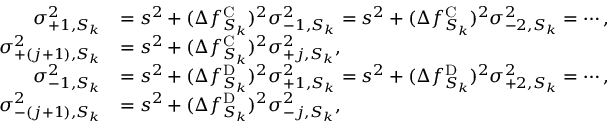
\begin{array} { r l } { \sigma _ { + 1 , S _ { k } } ^ { 2 } } & { = s ^ { 2 } + ( \Delta f _ { S _ { k } } ^ { \mathrm { C } } ) ^ { 2 } \sigma _ { - 1 , S _ { k } } ^ { 2 } = s ^ { 2 } + ( \Delta f _ { S _ { k } } ^ { \mathrm { C } } ) ^ { 2 } \sigma _ { - 2 , S _ { k } } ^ { 2 } = \cdots , } \\ { \sigma _ { + ( j + 1 ) , S _ { k } } ^ { 2 } } & { = s ^ { 2 } + ( \Delta f _ { S _ { k } } ^ { \mathrm { C } } ) ^ { 2 } \sigma _ { + j , S _ { k } } ^ { 2 } , } \\ { \sigma _ { - 1 , S _ { k } } ^ { 2 } } & { = s ^ { 2 } + ( \Delta f _ { S _ { k } } ^ { \mathrm { D } } ) ^ { 2 } \sigma _ { + 1 , S _ { k } } ^ { 2 } = s ^ { 2 } + ( \Delta f _ { S _ { k } } ^ { \mathrm { D } } ) ^ { 2 } \sigma _ { + 2 , S _ { k } } ^ { 2 } = \cdots , } \\ { \sigma _ { - ( j + 1 ) , S _ { k } } ^ { 2 } } & { = s ^ { 2 } + ( \Delta f _ { S _ { k } } ^ { \mathrm { D } } ) ^ { 2 } \sigma _ { - j , S _ { k } } ^ { 2 } , } \end{array}